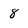
Character: 8